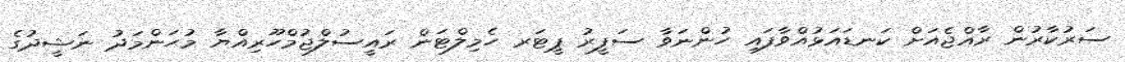
ސަރުކާރުން ރާއްޖެއަށް ކަނޑައަޅުއްވާފައި ހުންނަވާ ސަފީރު ޕީޓަރ ހެމިލްޓަން ރައީސުލްޖުމްހޫރިއްޔާ މުޙަންމަދު ނަޝީދުގެ